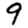
Digit: 9